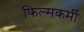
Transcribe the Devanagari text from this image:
फिल्मकर्मी